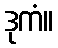
ဒုကံ။